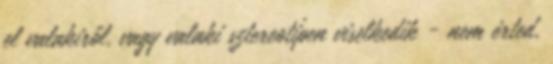
el valakiről, vagy valaki sztereotípen viselkedik - nem érted,